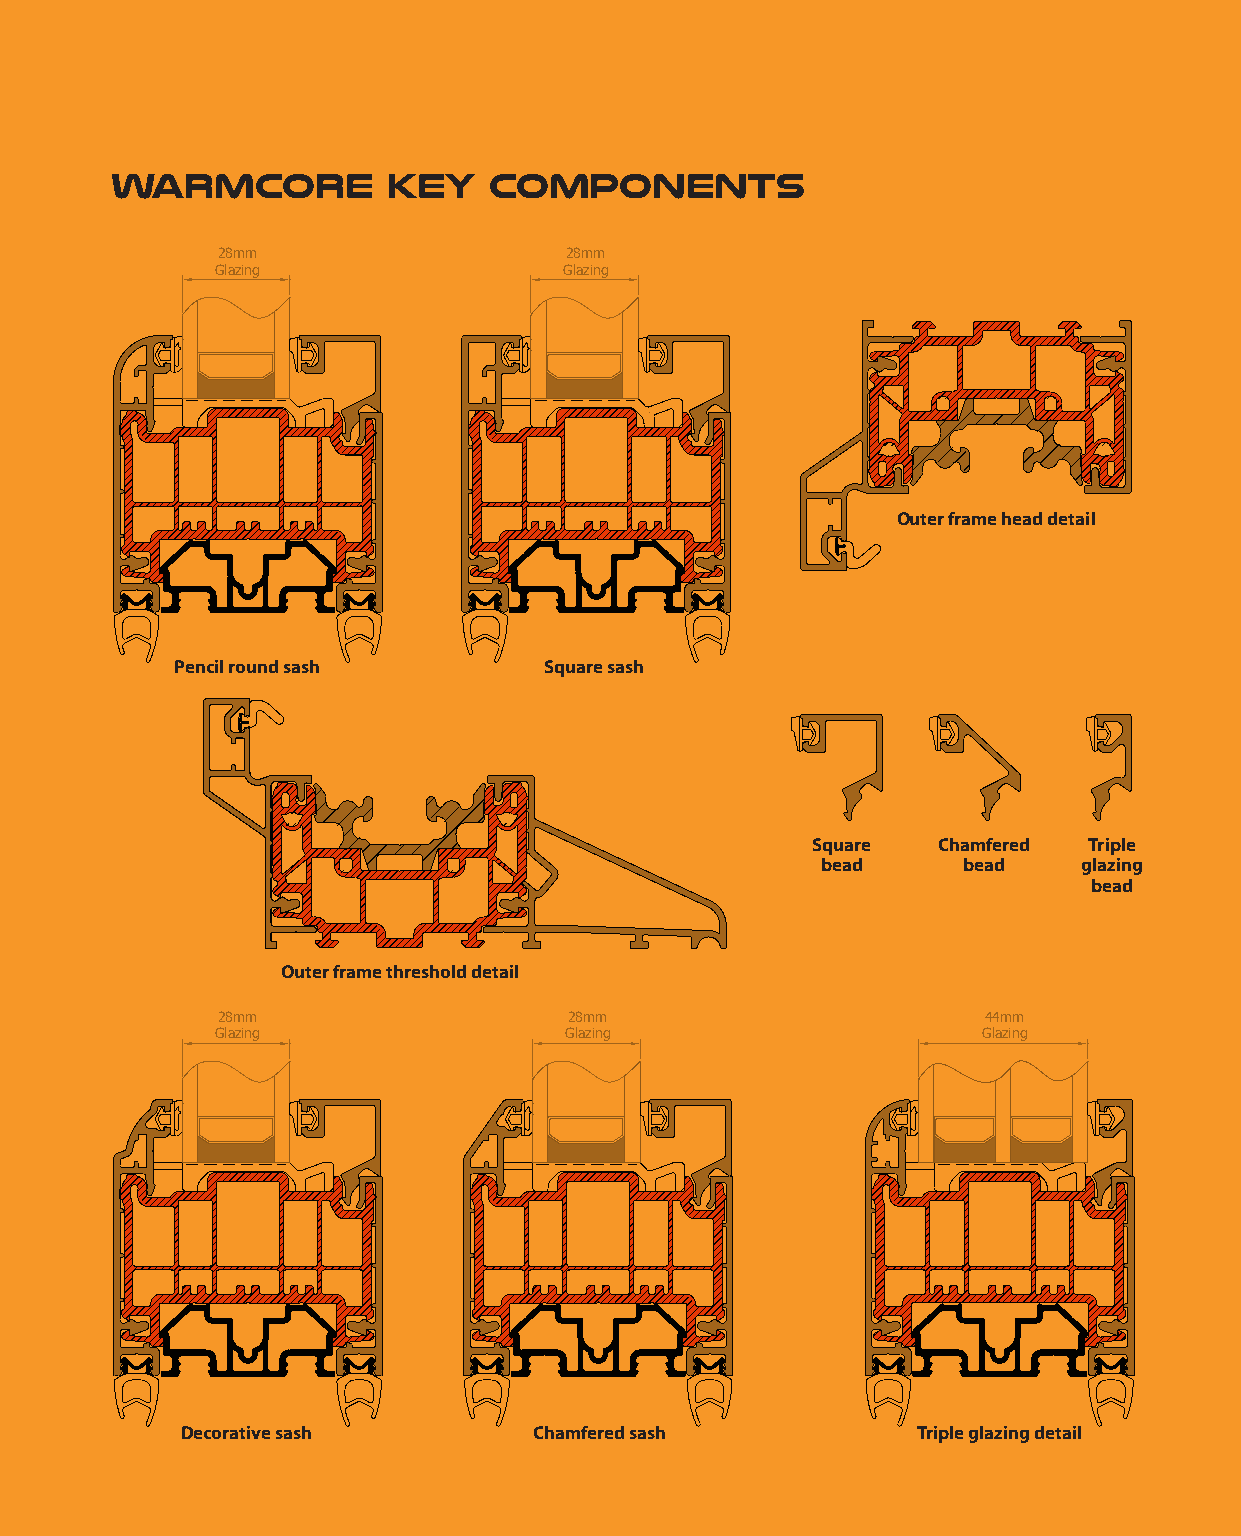
Warmcore           key   components
 28mm                   28mm
 Glazing                Glazing
 Outer frame head detail
 Pencil round sash       Square sash
 Square  Chamfered Triple
 bead      bead    glazing
 bead
 Outer frame threshold detail
 28mm                    28mm                       44mm
 Glazing                Glazing                     Glazing
 Decorative sash        Chamfered sash            Triple glazing detail